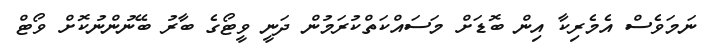
ނަމަވެސް އެމެރިކާ އިން ބޮޑަށް މަސައްކަތްކުރަމުން ދަނީ ވީޓޯގެ ބާރު ބޭނުންނުކޮށް ވޯޓް